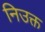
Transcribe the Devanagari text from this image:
निउक्त